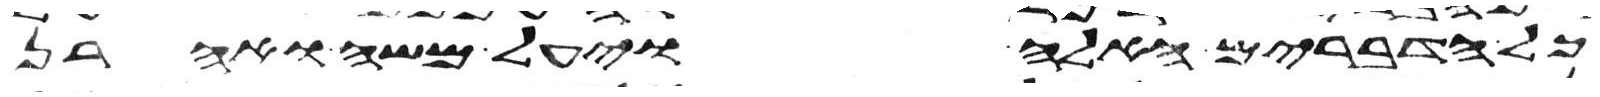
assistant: כל הדברים האלה ויעל משה ואהרן